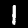
Label: 1